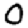
Digit: 0